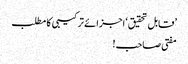
’قابل تحقیق‘ اجزائے ترکیبی کا مطلب
مفتی صاحب!